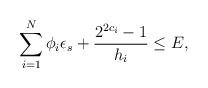
LaTeX: \begin{align*}\sum_{i=1}^{N} \phi_{i}\epsilon_s + \frac{2^{2c_i}-1}{h_i} \leq E,\end{align*}